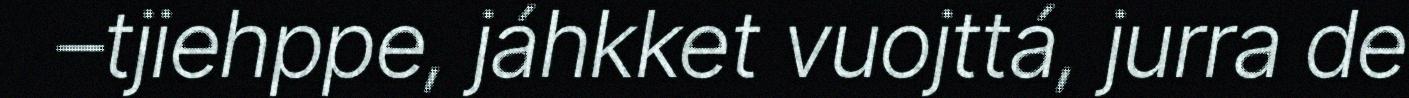
–tjiehppe, jáhkket vuojttá, jurra de